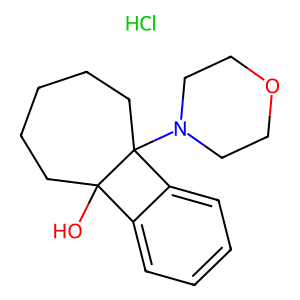
SMILES: Cl.OC12CCCCCC1(N1CCOCC1)c1ccccc12
Inhibits HIV replication: No